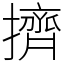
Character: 擠